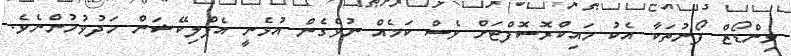
ވިންޑޯޒް ފޯނުތަކާ އެކު މައިކްރޮސޮފްޓަށް ވެސް ކަމެއް ނުވެގެން އުޅެނީ އެޕްލިކޭޝަން މަދުވުމުންނެވެ.